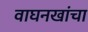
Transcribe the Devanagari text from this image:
वाघनखांचा